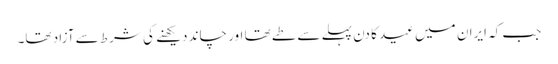
جب کہ ایران میں عید کا دن پہلے سے طے تھا اور چاند دیکھنے کی شرط سے آزاد تھا۔